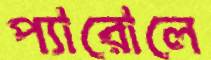
প্যারোলে